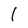
Character: 1